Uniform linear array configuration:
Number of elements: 64
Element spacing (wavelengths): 1
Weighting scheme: binomial
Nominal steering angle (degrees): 45
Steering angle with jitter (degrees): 43.821
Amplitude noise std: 0.05
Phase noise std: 0.05

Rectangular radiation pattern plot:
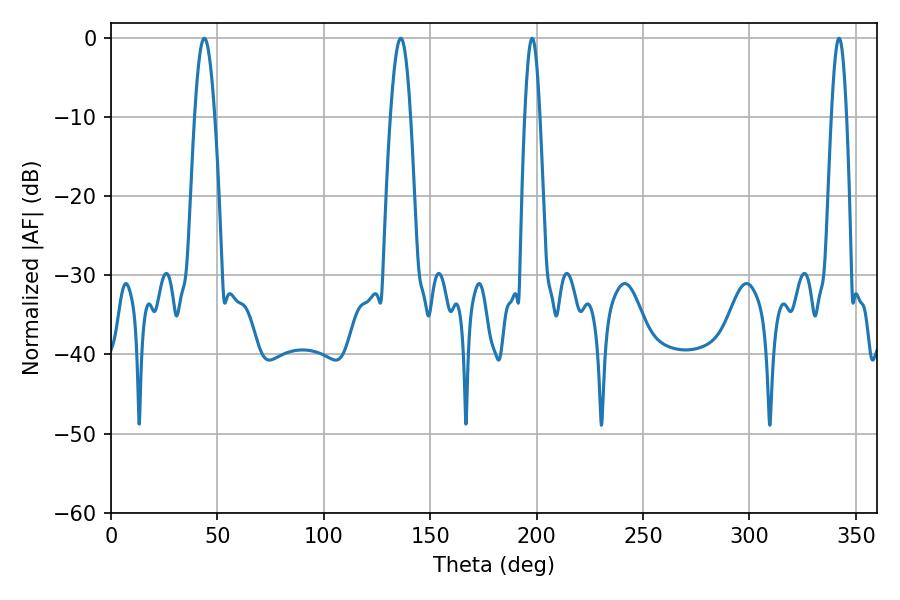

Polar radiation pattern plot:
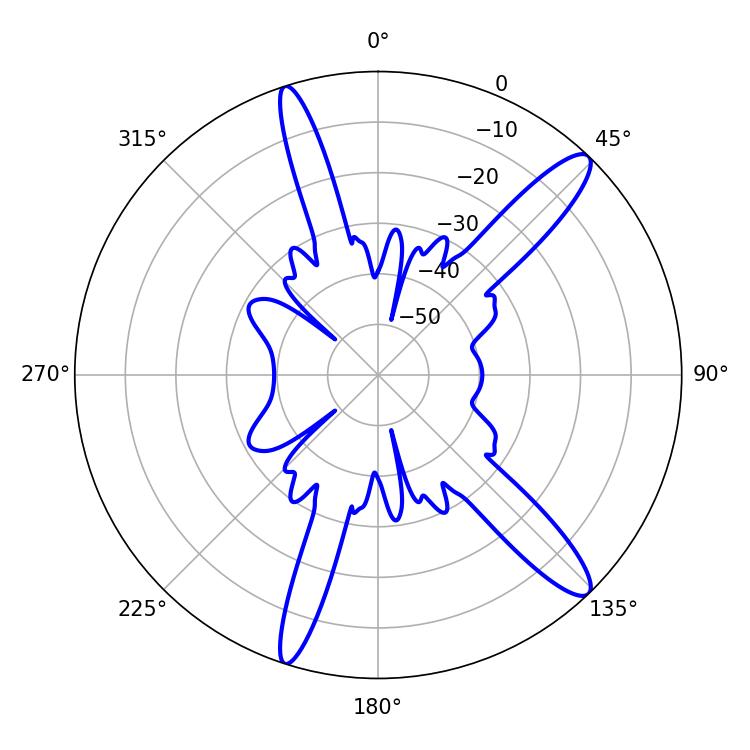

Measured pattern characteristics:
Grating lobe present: TRUE
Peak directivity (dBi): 13.482
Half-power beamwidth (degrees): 5.04
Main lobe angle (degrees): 43.92